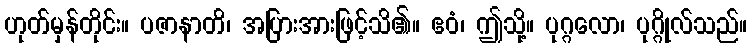
ဟုတ်မှန်တိုင်း။ ပဇာနာတိ၊ အပြားအားဖြင့်သိ၏။ ဧဝံ၊ ဤသို့။ ပုဂ္ဂလော၊ ပုဂ္ဂိုလ်သည်။